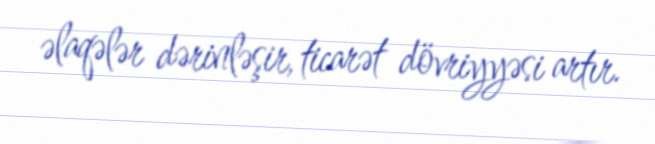
əlaqələr dərinləşir, ticarət dövriyyəsi artır.